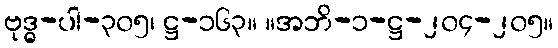
ဗုဒ္ဓ-ပါ-၃၀၅၊ ဋ္ဌ-၁၆၃။ ။အဘိ-၁-ဋ္ဌ-၂၀၄-၂၀၅။